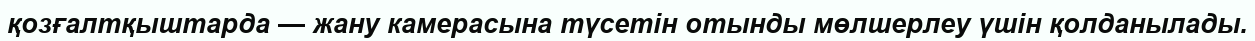
қозғалтқыштарда — жану камерасына түсетін отынды мөлшерлеу үшін қолданылады.